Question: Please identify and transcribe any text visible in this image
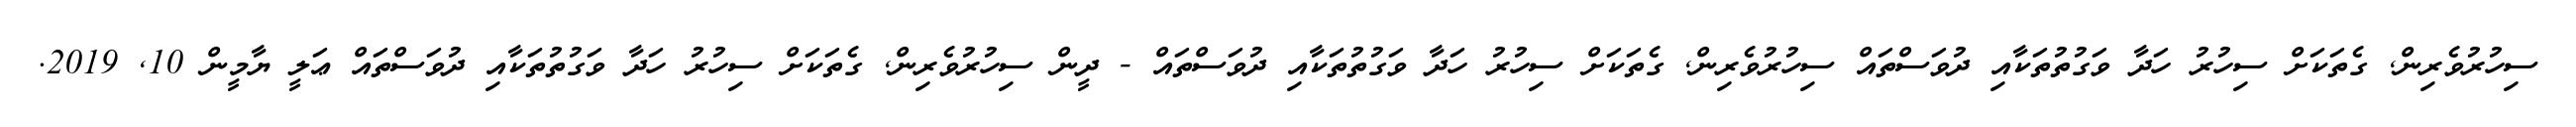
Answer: ސިހުރުވެރިން, ގެތަކަށް ސިހުރު ހަދާ ވަގުތުތަކާއި ދުވަސްތައް ސިހުރުވެރިން, ގެތަކަށް ސިހުރު ހަދާ ވަގުތުތަކާއި ދުވަސްތައް - ދީން ސިހުރުވެރިން, ގެތަކަށް ސިހުރު ހަދާ ވަގުތުތަކާއި ދުވަސްތައް ޢަލީ ޔާމީން 10, 2019.